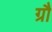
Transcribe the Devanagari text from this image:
ग्रौ